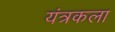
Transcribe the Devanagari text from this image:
यंत्रकला